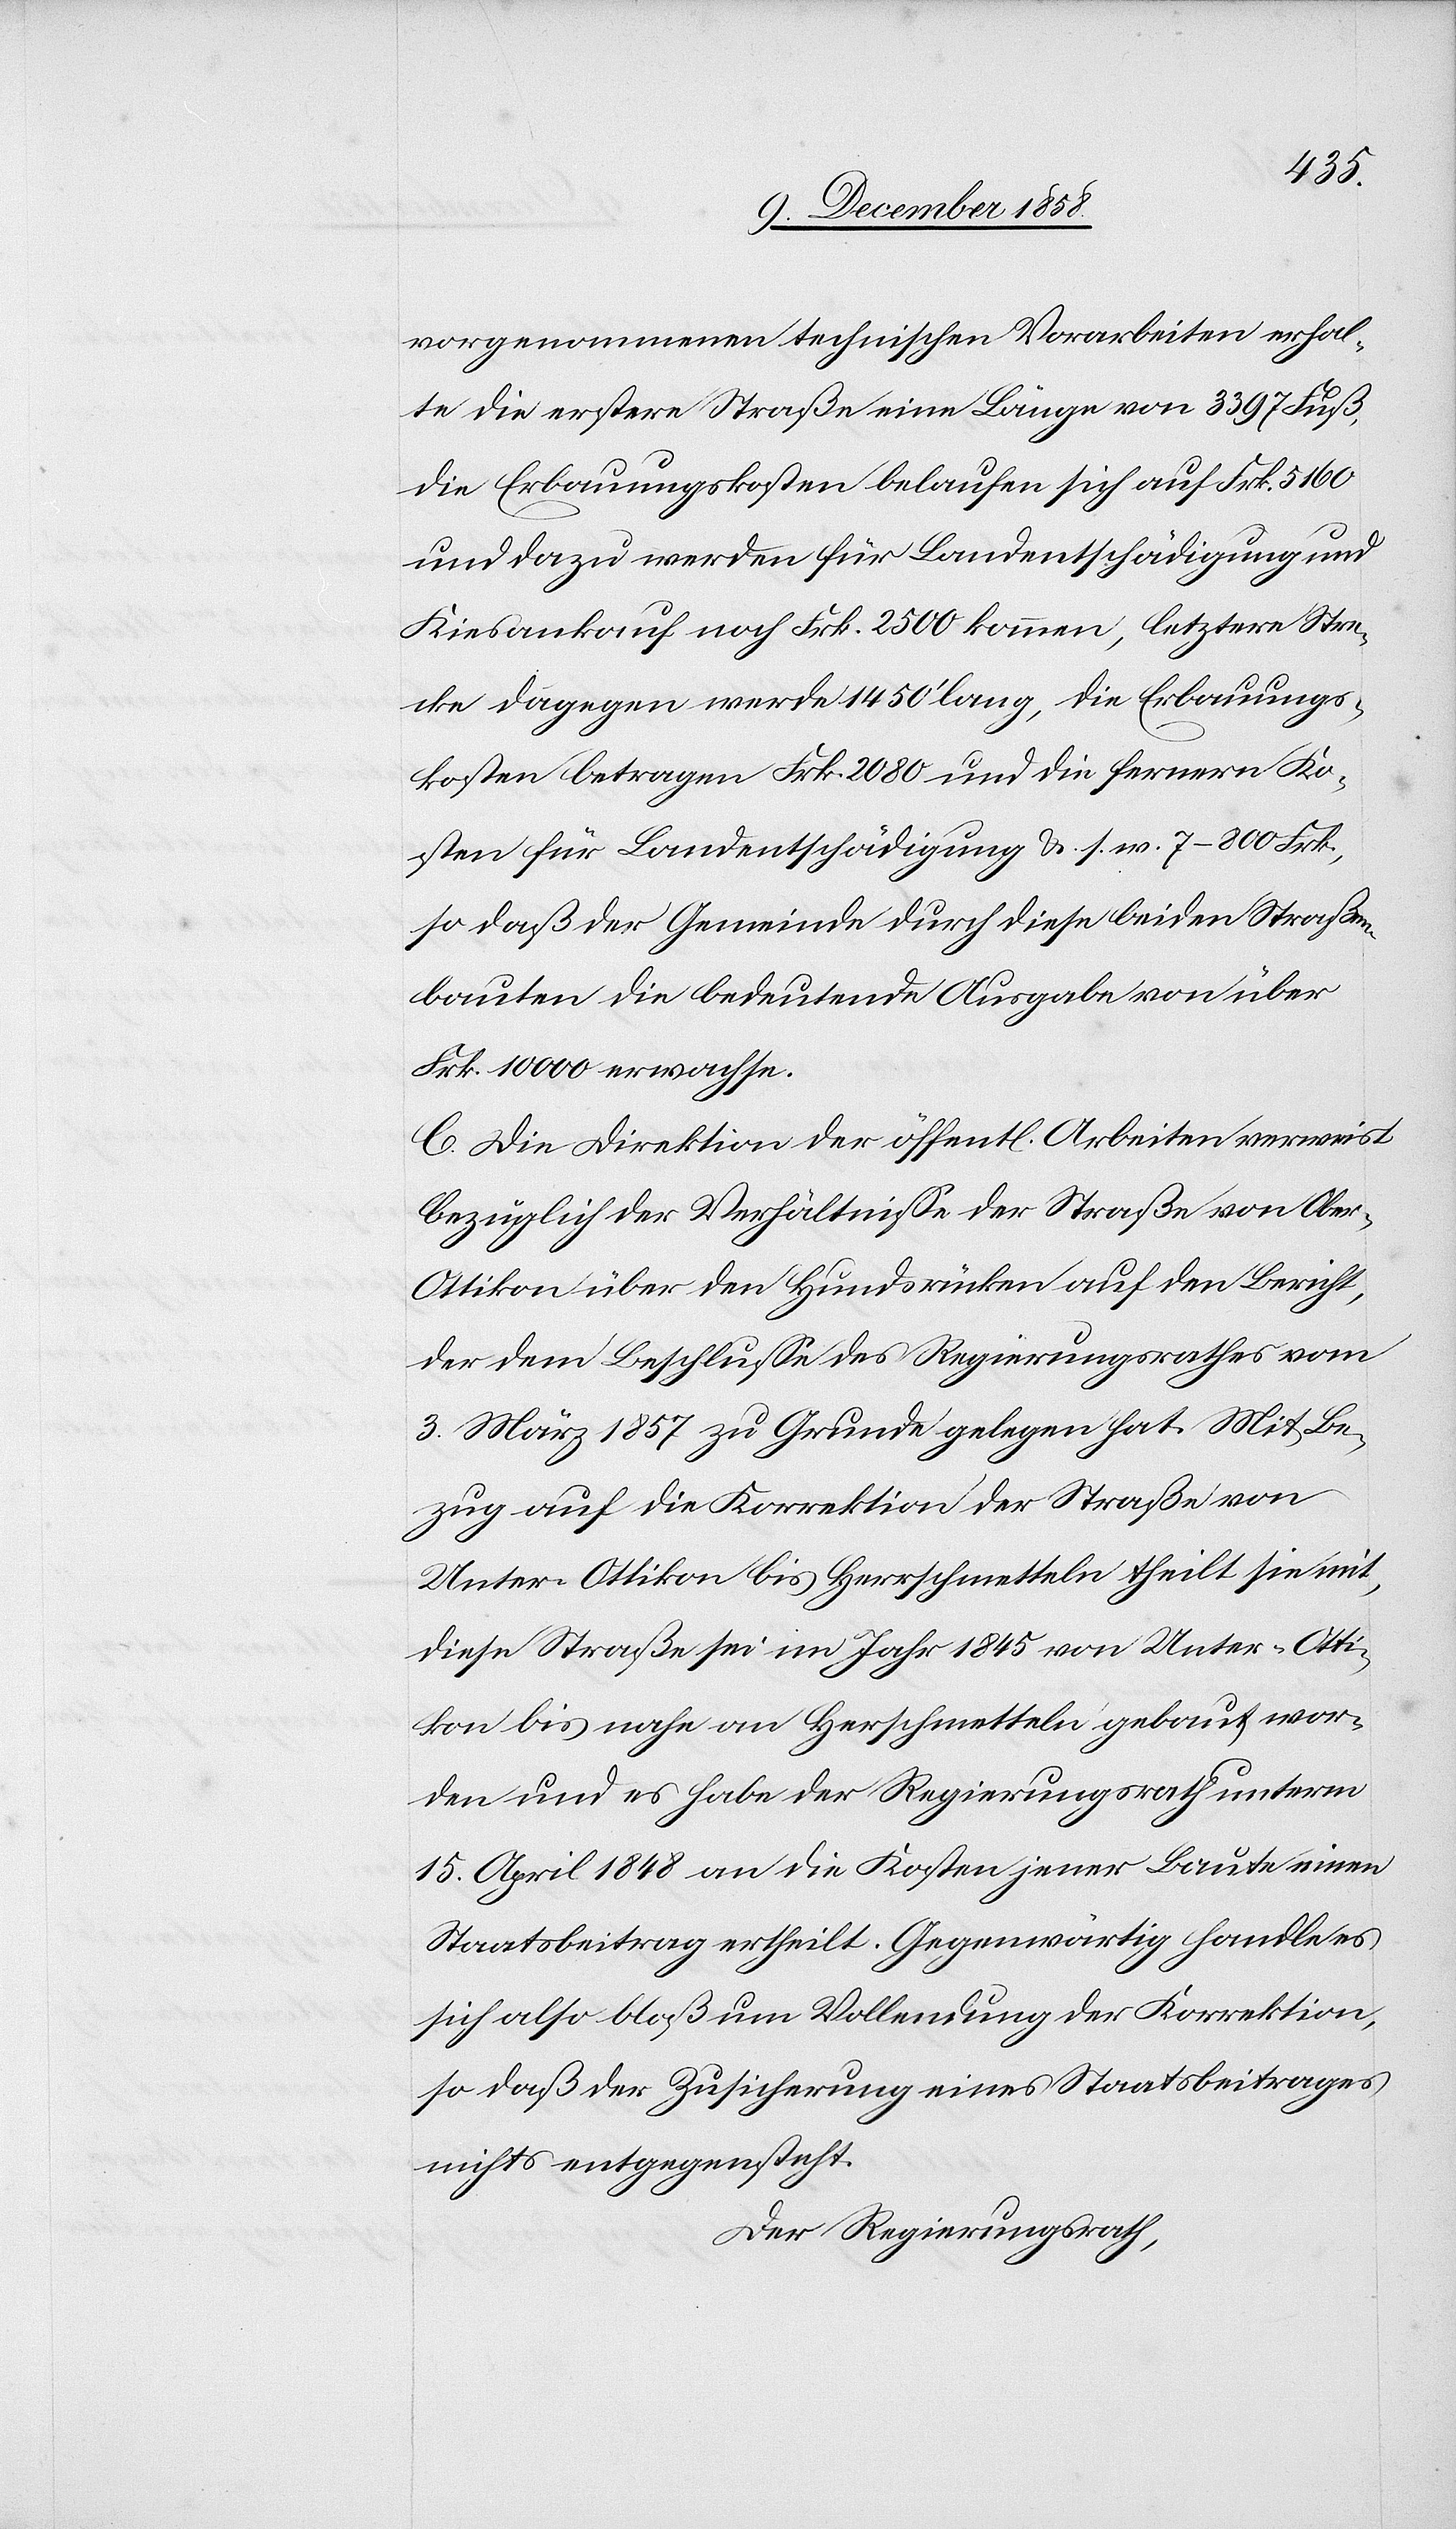
vorgenommenen technischen Vorarbeiten erhal¬
te die erstere Straße eine Länge von 3397 Fuß,
die Erbauungskosten belaufen sich auf Frk. 5160
und dazu werden für Landentschädigung und
Kiesankauf noch Frk. 2500 kommen, letztere Stre¬
cke dagegen werde 1450‘ lang, die Erbauungs¬
kosten betragen Frk. 2080 und die fernern Ko¬
sten für Landentschädigung &. s. w. 7–800 Frk.,
so daß der Gemeinde durch diese beiden Straßen¬
bauten die bedeutende Ausgabe von über
Frk. 10 000 erwachse.
C. Die Direktion der öffent[lichen] Arbeiten verweist
bezüglich der Verhältnisse der Straße von Obe¬
r-Ottikon über den Hundsrücken auf den Bericht,
der dem Beschlusse des Regierungsrathes vom
3. März 1857 zu Grunde gelegen hat. Mit Be¬
zug auf die Korrektion der Straße von
Unter-Ottikon bis Herrschmetteln theilt sie mit,
diese Straße sei im Jahr 1845 von Unter-Otti¬
kon bis nahe an Herschmetteln gebaut wor¬
den und es habe der Regierungsrath unterm
15. April 1848 an die Kosten jener Baute einen
Staatsbeitrag ertheilt. Gegenwärtig handle es
sich also bloß um Vollendung der Korrektion,
so daß der Zusicherung eines Staatsbeitrages
nichts entgegensteht.
Der Regierungsrath,